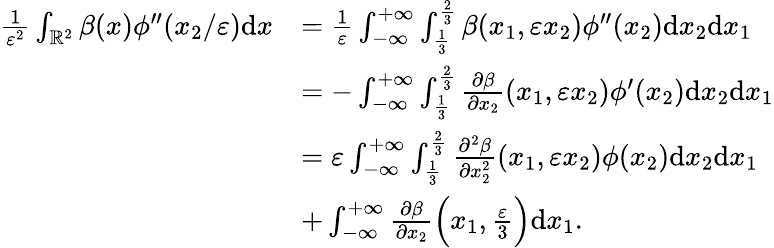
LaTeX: \begin{array}{rl}{\frac{1}{\varepsilon^{2}}\int_{\mathbb{R}^{2}}\beta(x)\phi^{\prime\prime}(x_{2}/\varepsilon)\textrm{d}x}&{=\frac{1}{\varepsilon}\int_{-\infty}^{+\infty}\int_{\frac{1}{3}}^{\frac{2}{3}}\beta(x_{1},\varepsilon x_{2})\phi^{\prime\prime}(x_{2})\textrm{d}x_{2}\textrm{d}x_{1}}\\ &{=-\int_{-\infty}^{+\infty}\int_{\frac{1}{3}}^{\frac{2}{3}}\frac{\partial\beta}{\partial x_{2}}(x_{1},\varepsilon x_{2})\phi^{\prime}(x_{2})\textrm{d}x_{2}\textrm{d}x_{1}}\\ &{=\varepsilon\int_{-\infty}^{+\infty}\int_{\frac{1}{3}}^{\frac{2}{3}}\frac{\partial^{2}\beta}{\partial x_{2}^{2}}(x_{1},\varepsilon x_{2})\phi(x_{2})\textrm{d}x_{2}\textrm{d}x_{1}}\\ &{+\int_{-\infty}^{+\infty}\frac{\partial\beta}{\partial x_{2}}\Big(x_{1},\frac{\varepsilon}{3}\Big)\textrm{d}x_{1}.}\end{array}